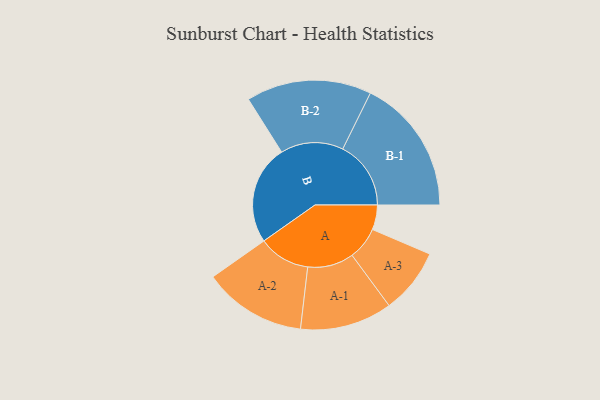
{"axis": {"x": "Segment", "y": "Value"}, "legend": ["", "A", "B"], "data": [{"x": "A", "y": 103, "type": ""}, {"x": "B", "y": 414, "type": ""}, {"x": "A-1", "y": 192, "type": "A"}, {"x": "A-2", "y": 215, "type": "A"}, {"x": "A-3", "y": 136, "type": "A"}, {"x": "B-1", "y": 284, "type": "B"}, {"x": "B-2", "y": 261, "type": "B"}]}